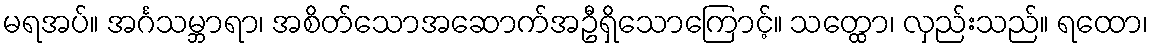
မရအပ်။ အင်္ဂသမ္ဘာရာ၊ အစိတ်သောအဆောက်အဦရှိသောကြောင့်။ သတ္ထော၊ လှည်းသည်။ ရထော၊